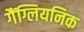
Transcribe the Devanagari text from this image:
गैंग्लियनिक